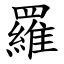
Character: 羅